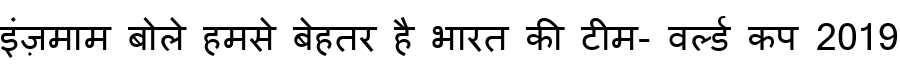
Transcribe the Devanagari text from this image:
इंज़माम बोले हमसे बेहतर है भारत की टीम- वर्ल्ड कप 2019